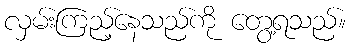
လှမ်းကြည့်နေသည်ကို တွေ့ရသည်။